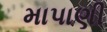
માપાણી